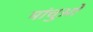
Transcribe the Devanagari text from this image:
मांचुओं